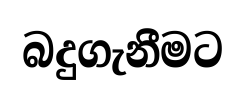
බදුගැනීමට